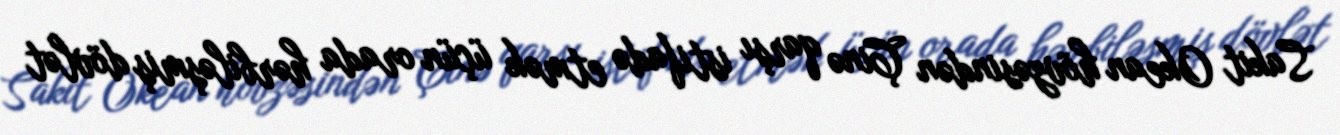
Sakit Okean hövzəsindən Çinə qarşı istifadə etmək üçün orada hərbiləşmiş dövlət